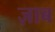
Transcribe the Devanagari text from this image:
ज़ाब